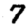
Digit: 7